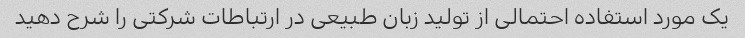
یک مورد استفاده احتمالی از تولید زبان طبیعی در ارتباطات شرکتی را شرح دهید